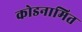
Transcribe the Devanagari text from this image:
कोडनामित